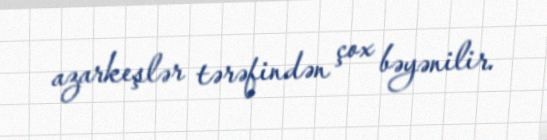
azarkeşlər tərəfindən çox bəyənilir.